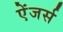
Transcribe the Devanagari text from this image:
ऐंजर्स